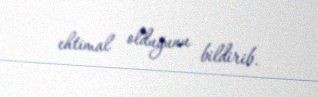
ehtimal olduğunu bildirib.